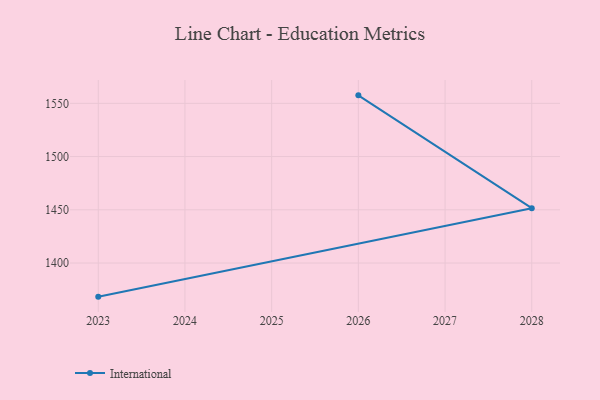
{"axis": {"x": "Year", "y": "Shipments"}, "legend": ["International"], "data": [{"x": "2023", "y": 1368.4, "type": "International"}, {"x": "2028", "y": 1451.5, "type": "International"}, {"x": "2026", "y": 1557.5, "type": "International"}]}